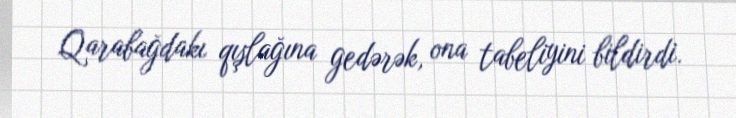
Qarabağdakı qışlağına gedərək, ona tabeliyini bildirdi.